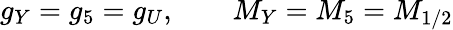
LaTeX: g_{Y}=g_{5}=g_{U},\qquad M_{Y}=M_{5}=M_{1/2}